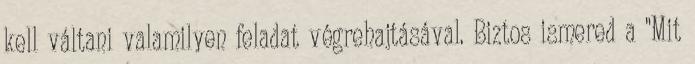
kell váltani valamilyen feladat végrehajtásával. Biztos ismered a "Mit